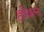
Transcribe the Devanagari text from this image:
होकन